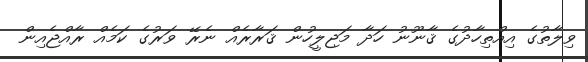
ވިލާތުގެ އިއްތިހާދުގެ ޤާނޫނު ހަދާ މަޖިލީހުން ޤަރާރެއް ނެރޭ ވަރުގެ ކަމެއް ރާއްޖެއިން